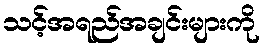
သင့်အရည်အချင်းများကို